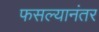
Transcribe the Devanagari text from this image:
फसल्यानंतर